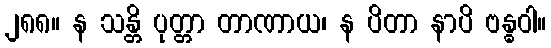
၂၈၈။ န သန္တိ ပုတ္တာ တာဏာယ၊ န ပိတာ နာပိ ဗန္ဓဝါ။